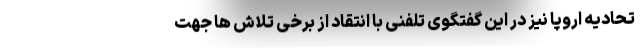
تحادیه اروپا نیز در این گفتگوی تلفنی با انتقاد از برخی تلاش ها جهت